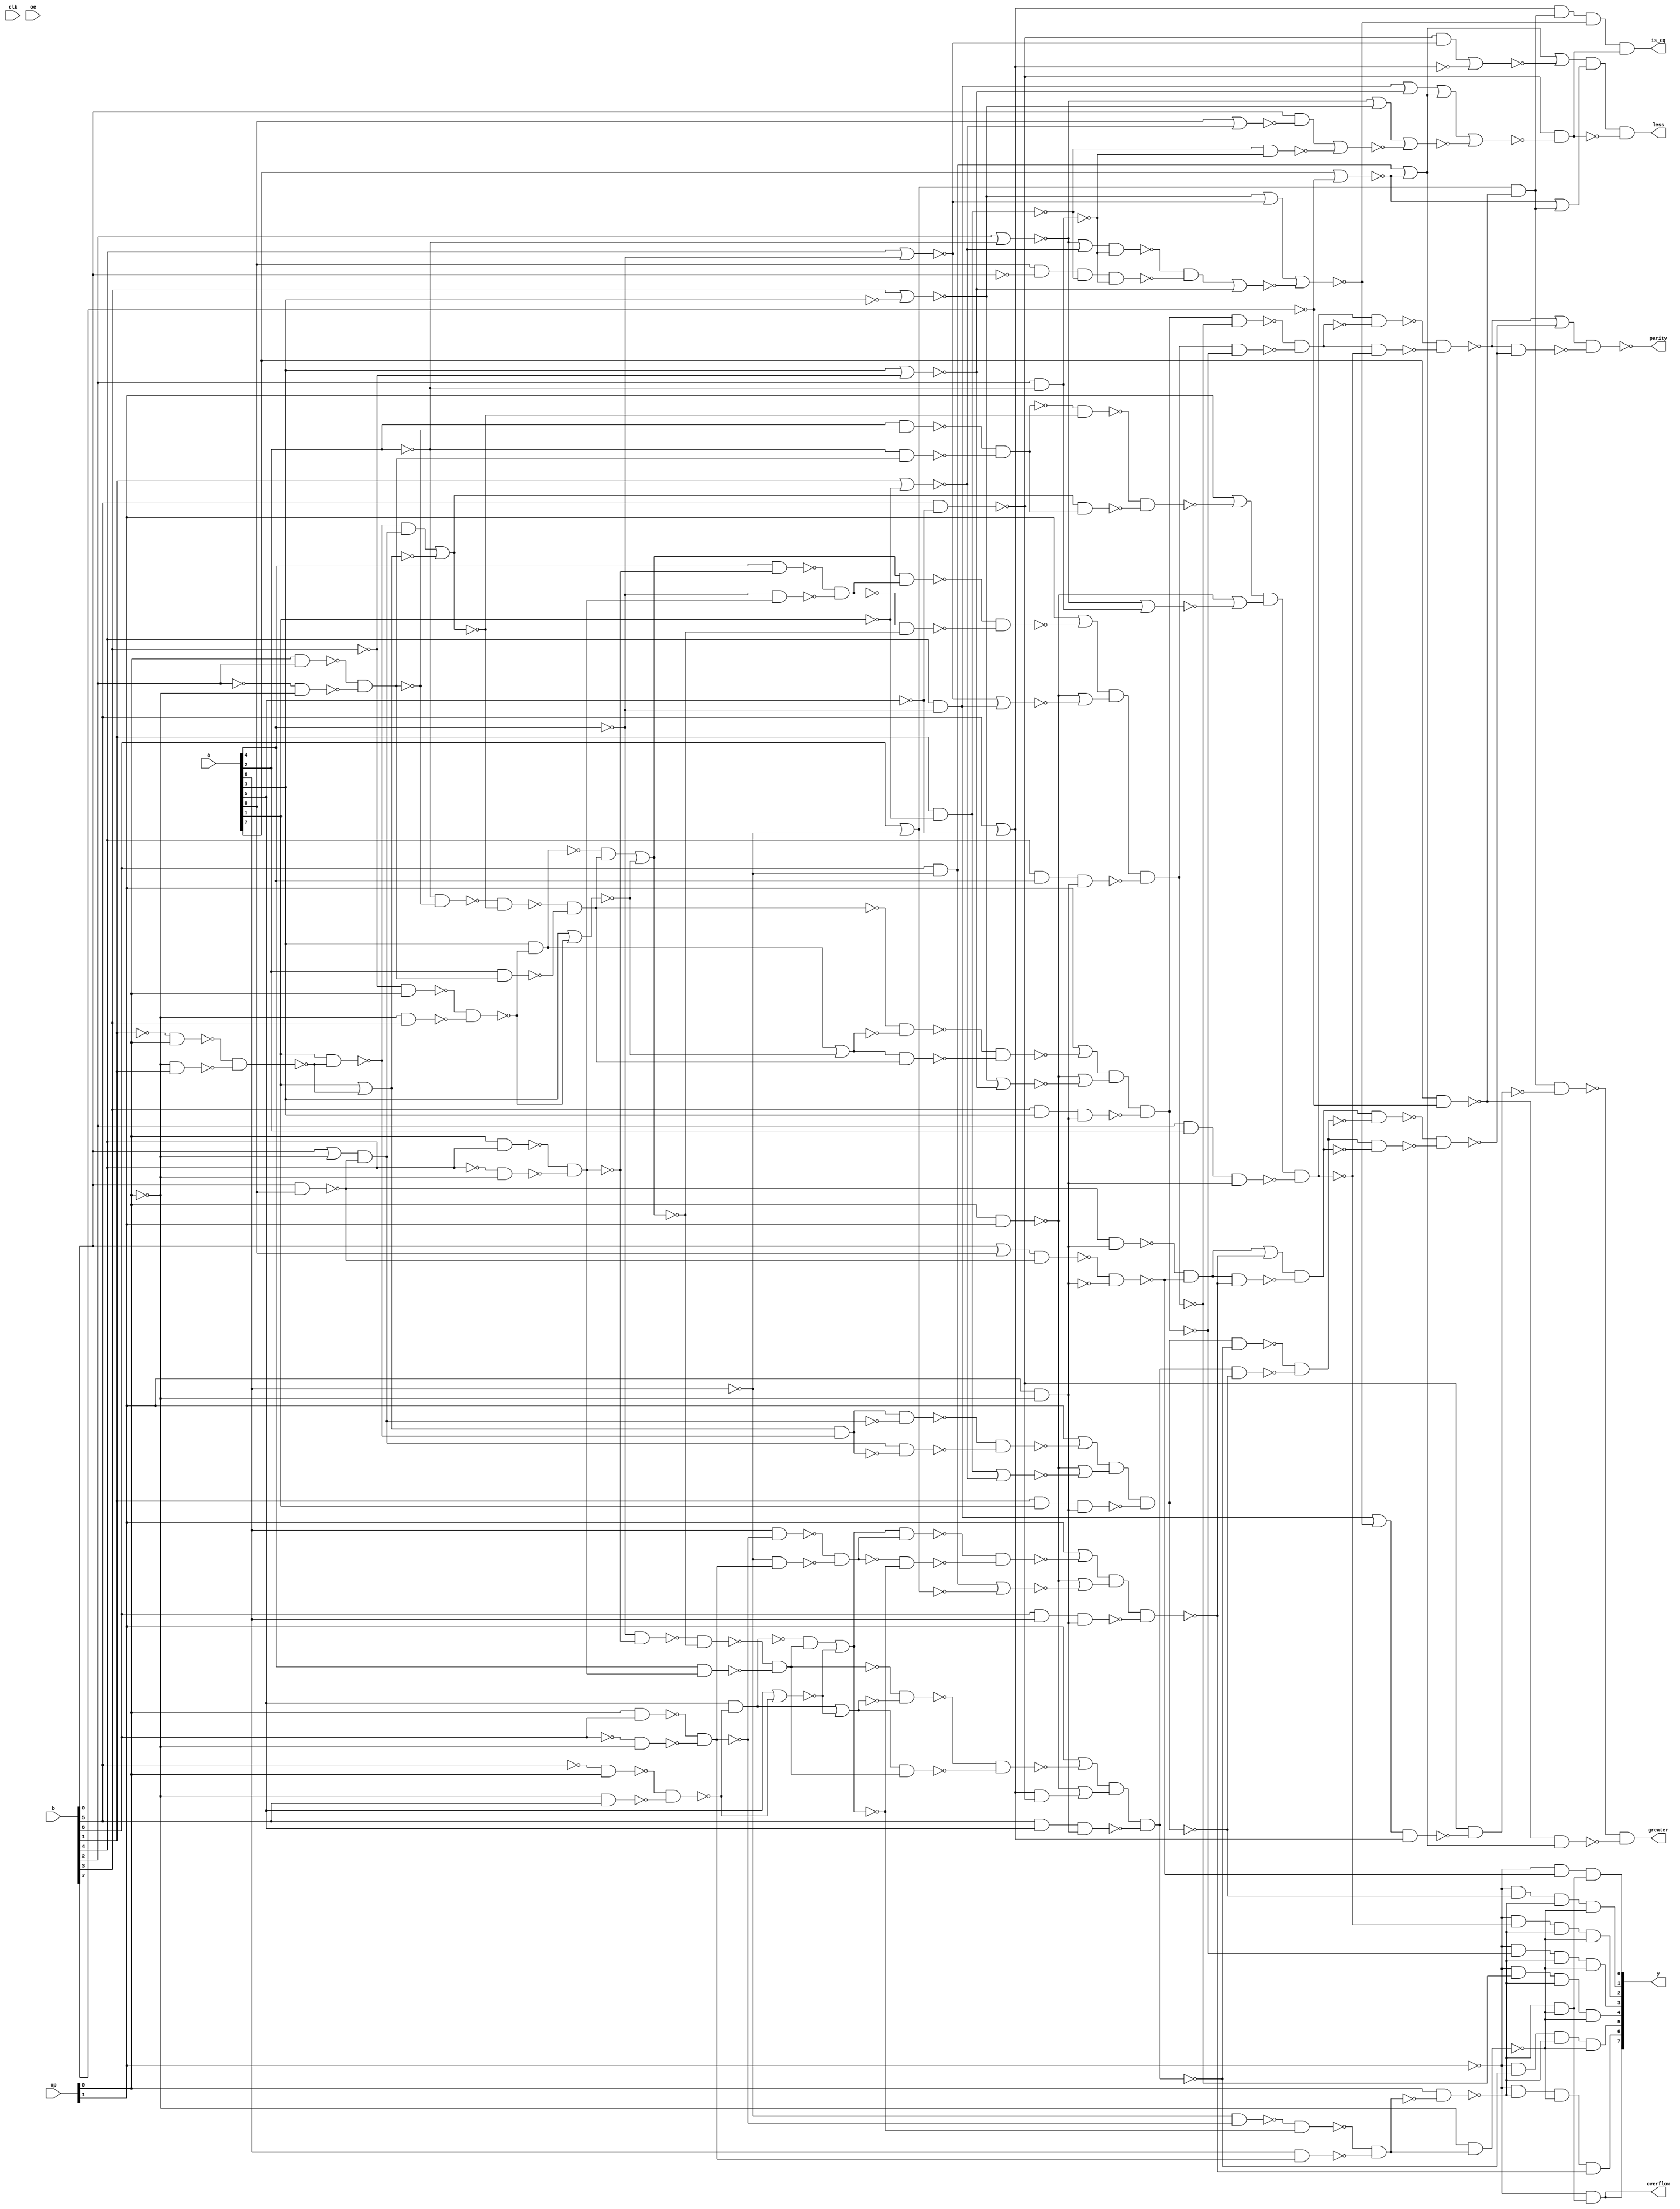

module top(clk, a, b, op, oe, y, parity, overflow, greater, is_eq,
     less);
  input clk, oe;
  input [7:0] a, b;
  input [1:0] op;
  output [7:0] y;
  output parity, overflow, greater, is_eq, less;
  wire clk, oe;
  wire [7:0] a, b;
  wire [1:0] op;
  wire [7:0] y;
  wire parity, overflow, greater, is_eq, less;
  wire n_0, n_1, n_2, n_3, n_4, n_5, n_6, n_7;
  wire n_8, n_9, n_10, n_11, n_12, n_13, n_14, n_15;
  wire n_16, n_17, n_18, n_19, n_20, n_21, n_22, n_23;
  wire n_24, n_25, n_26, n_27, n_28, n_29, n_30, n_31;
  wire n_32, n_33, n_34, n_35, n_36, n_37, n_38, n_39;
  wire n_40, n_41, n_42, n_43, n_44, n_45, n_46, n_47;
  wire n_48, n_49, n_50, n_51, n_52, n_53, n_54, n_55;
  wire n_56, n_57, n_58, n_59, n_60, n_61, n_62, n_63;
  wire n_64, n_65, n_66, n_67, n_68, n_69, n_70, n_71;
  wire n_72, n_74, n_75, n_77, n_78, n_79, n_80, n_81;
  wire n_82, n_83, n_84, n_85, n_86, n_87, n_88, n_89;
  wire n_90, n_91, n_92, n_93, n_95, n_96, n_97, n_98;
  wire n_99, n_100, n_101, n_102, n_103, n_104, n_105, n_106;
  wire n_107, n_108, n_109, n_110, n_111, n_112, n_113, n_114;
  wire n_115, n_116, n_117, n_118, n_119, n_120, n_121, n_122;
  wire n_123, n_124, n_125, n_126, n_127, n_130, n_132, n_133;
  wire n_285, n_286, n_287, n_366;
  wire w, w0, w1, w2;
  nand g6133 (n_133, w0, w2);
  nand g4 (w2, w1, n_127);
  not g1 (w1, n_112);
  nand g0 (w0, w, n_112);
  not g (w, n_127);
  and g6135 (n_130, n_125, 1'b1, n_68, n_126);
  wire w3;
  nand g6134 (n_127, w3, n_115);
  or g5 (w3, n_114, n_123);
  and g6138 (n_124, n_125, n_120, n_121, n_123);
  and g6141 (n_122, n_125, n_111, n_120, n_121);
  and g6139 (n_119, n_125, n_108, n_120, n_121);
  and g6137 (n_118, n_125, n_113, n_120, n_121);
  and g6136 (n_117, n_125, n_110, n_120, n_121);
  and g6142 (n_116, n_125, n_107, n_120, n_121);
  nand g6140 (n_115, n_114, n_123);
  and g6149 (n_126, n_120, n_121);
  wire w4, w5, w6, w7;
  nand g6147 (n_132, w5, w7);
  nand g9 (w7, w6, n_113);
  not g8 (w6, n_109);
  nand g7 (w5, w4, n_109);
  not g6 (w4, n_113);
  wire w8, w9, w10, w11;
  nand g6148 (n_112, w9, w11);
  nand g13 (w11, w10, n_110);
  not g12 (w10, n_111);
  nand g11 (w9, w8, n_111);
  not g10 (w8, n_110);
  wire w12, w13;
  nand g6145 (n_123, w12, w13, n_36);
  or g15 (w13, n_104, n_25);
  or g14 (w12, op[1], n_103);
  nand g6151 (n_120, op[0], n_106);
  nand g6150 (n_121, n_10, n_105);
  wire w14, w15, w16, w17;
  nand g6152 (n_109, w15, w17);
  nand g19 (w17, w16, n_107);
  not g18 (w16, n_108);
  nand g17 (w15, w14, n_108);
  not g16 (w14, n_107);
  not g6154 (n_106, n_105);
  wire w18, w19;
  nand g6153 (n_111, w18, w19, n_41);
  or g21 (w19, n_104, n_39);
  or g20 (w18, op[1], n_101);
  wire w20, w21;
  and g6155 (n_105, w20, w21);
  nand g23 (w21, a[6], n_65);
  nand g22 (w20, n_44, n_102);
  wire w22, w23, w24, w25;
  nand g6156 (n_103, w23, w25);
  nand g27 (w25, w24, n_102);
  not g26 (w24, n_66);
  nand g25 (w23, w22, n_66);
  not g24 (w22, n_102);
  wire w26, w27;
  nand g6157 (n_108, w26, w27, n_34);
  or g29 (w27, n_104, n_26);
  or g28 (w26, op[1], n_96);
  wire w28;
  nor g6159 (n_102, w28, n_58);
  and g30 (w28, n_24, n_100);
  wire w29, w30, w31, w32;
  nand g6161 (n_101, w30, w32);
  nand g34 (w32, w31, n_100);
  not g33 (w31, n_59);
  nand g32 (w30, w29, n_59);
  not g31 (w29, n_100);
  wire w33, w34;
  and g6158 (n_99, w33, w34);
  nand g36 (w34, n_31, n_83);
  nand g35 (w33, n_97, n_91);
  and g6160 (n_98, n_88, n_97, n_87, n_93);
  wire w35, w36;
  nand g6162 (n_107, w35, w36, n_32);
  or g38 (w36, n_104, n_20);
  or g37 (w35, op[1], n_86);
  wire w37, w38;
  and g6164 (n_100, w37, w38);
  nand g40 (w38, a[4], n_71);
  nand g39 (w37, n_55, n_95);
  wire w39, w40, w41, w42;
  nand g6166 (n_96, w40, w42);
  nand g44 (w42, w41, n_95);
  not g43 (w41, n_72);
  nand g42 (w40, w39, n_72);
  not g41 (w39, n_95);
  not g6167 (n_93, n_92);
  nand g6163 (n_91, n_90, n_89);
  nand g6168 (n_92, n_90, n_84);
  wire w43, w44;
  nand g6170 (n_113, w43, w44, n_33);
  or g46 (w44, n_104, n_57);
  or g45 (w43, op[1], n_81);
  wire w45;
  nand g6169 (n_89, w45, n_88);
  or g47 (w45, n_82, n_87);
  wire w46;
  nor g6171 (n_95, w46, n_60);
  and g48 (w46, n_28, n_85);
  wire w47, w48, w49, w50;
  nand g6174 (n_86, w48, w50);
  nand g52 (w50, w49, n_85);
  not g51 (w49, n_61);
  nand g50 (w48, w47, n_61);
  not g49 (w47, n_85);
  wire w51, w52;
  nand g6172 (n_110, w51, w52, n_35);
  or g54 (w52, n_104, n_38);
  or g53 (w51, op[1], n_77);
  nor g6173 (n_84, n_82, n_74, n_83, n_79);
  nor g6175 (n_87, n_78, n_47, n_75);
  wire w53, w54, w55, w56;
  nand g6177 (n_81, w54, w56);
  nand g58 (w56, w55, n_70);
  not g57 (w55, n_80);
  nand g56 (w54, w53, n_80);
  not g55 (w53, n_70);
  wire w57, w58;
  and g6176 (n_85, w57, w58);
  nand g60 (w58, a[2], n_69);
  nand g59 (w57, n_51, n_80);
  nor g6179 (n_79, n_56, n_78, n_64);
  wire w59, w60, w61, w62;
  nand g6180 (n_77, w60, w62);
  nand g64 (w62, w61, n_63);
  not g63 (w61, n_21);
  nand g62 (w60, w59, n_21);
  not g61 (w59, n_63);
  wire w63;
  nor g6178 (n_75, w63, n_74);
  and g65 (w63, n_46, n_52);
  wire w64, w65;
  and g6189 (n_72, w64, w65);
  nand g67 (w65, n_53, n_71);
  nand g66 (w64, a[4], n_54);
  wire w66, w67;
  and g6190 (n_70, w66, w67);
  nand g69 (w67, n_49, n_69);
  nand g68 (w66, a[2], n_50);
  and g6192 (n_114, n_67, n_68);
  wire w68, w69;
  and g6191 (n_66, w68, w69);
  nand g71 (w69, n_42, n_65);
  nand g70 (w68, a[6], n_43);
  wire w70;
  nor g6184 (n_64, w70, n_19);
  and g72 (w70, b[0], n_17);
  wire w71;
  nor g6181 (n_80, w71, n_30);
  and g73 (w71, n_62, n_22);
  wire w72;
  nand g6185 (n_63, w72, n_62);
  or g74 (w72, a[1], n_29);
  wire w73;
  nor g6186 (n_61, w73, n_60);
  and g75 (w73, a[3], n_27);
  wire w74;
  nor g6187 (n_59, w74, n_58);
  and g76 (w74, a[5], n_23);
  nor g6206 (n_57, n_56, n_8);
  nand g6193 (n_55, n_53, n_54);
  nand g6188 (n_52, a[0], n_1, n_18, n_45);
  nand g6199 (n_51, n_49, n_50);
  wire w75;
  nor g6200 (n_48, w75, n_6);
  and g77 (w75, n_90, n_47);
  wire w76;
  nand g6201 (n_46, w76, n_45);
  or g78 (w76, n_56, n_37);
  nand g6202 (n_44, n_42, n_43);
  nand g6205 (n_67, n_11, n_40);
  nand g6194 (n_68, n_12, n_9);
  nand g6226 (n_41, b[5], a[5], n_40);
  and g6212 (n_39, n_88, n_90);
  nor g6211 (n_38, n_7, n_37);
  nand g6221 (n_36, b[6], a[6], n_40);
  nand g6222 (n_35, b[1], a[1], n_40);
  nand g6223 (n_34, b[4], a[4], n_40);
  nand g6224 (n_33, b[2], a[2], n_40);
  nand g6225 (n_32, b[3], a[3], n_40);
  and g6216 (n_97, n_14, n_31);
  nor g6203 (n_30, a[1], n_29);
  nand g6196 (n_28, a[3], n_27);
  nor g6208 (n_26, n_47, n_82);
  nor g6207 (n_25, n_15, n_13);
  nand g6204 (n_24, a[5], n_23);
  nor g6195 (n_58, a[5], n_23);
  nand g6198 (n_62, a[1], n_29);
  nor g6197 (n_60, a[3], n_27);
  not g6217 (n_22, n_21);
  nor g6213 (n_20, n_78, n_74);
  nand g6214 (n_19, n_18, n_45);
  nor g6209 (n_17, a[0], n_37);
  not g6220 (n_65, n_43);
  not g6219 (n_69, n_50);
  not g6218 (n_71, n_54);
  or g6215 (n_83, n_15, n_16);
  not g6234 (n_14, n_13);
  wire w77;
  nand g6210 (n_12, w77, n_11);
  or g79 (w77, b[0], a[0]);
  wire w78, w79, w80, w81;
  nand g6231 (n_54, w79, w81);
  nand g83 (w81, w80, n_10);
  not g82 (w80, b[4]);
  nand g81 (w79, w78, b[4]);
  not g80 (w78, n_10);
  wire w82, w83, w84, w85;
  nand g6233 (n_43, w83, w85);
  nand g87 (w85, w84, n_10);
  not g86 (w84, b[6]);
  nand g85 (w83, w82, b[6]);
  not g84 (w82, n_10);
  not g6246 (n_40, n_9);
  not g6244 (n_8, n_45);
  not g6243 (n_7, n_18);
  wire w86;
  nand g6230 (n_21, w86, n_11);
  or g88 (w86, b[0], n_10);
  wire w87, w88, w89, w90;
  nand g6232 (n_50, w88, w90);
  nand g92 (w90, w89, n_10);
  not g91 (w89, b[2]);
  nand g90 (w88, w87, b[2]);
  not g89 (w87, n_10);
  not g6245 (n_88, n_6);
  and g6237 (n_15, b[6], n_42);
  nor g6236 (n_16, a[7], n_4);
  nor g6235 (n_13, b[6], n_42);
  wire w91, w92, w93, w94;
  nand g6228 (n_27, w92, w94);
  nand g96 (w94, w93, b[3]);
  not g95 (w93, op[0]);
  nand g94 (w92, w91, op[0]);
  not g93 (w91, b[3]);
  wire w95, w96, w97, w98;
  nand g6227 (n_23, w96, w98);
  nand g100 (w98, w97, b[5]);
  not g99 (w97, op[0]);
  nand g98 (w96, w95, op[0]);
  not g97 (w95, b[5]);
  nand g6247 (n_18, b[1], n_3);
  nor g6239 (n_56, b[2], n_49);
  nand g6252 (n_45, b[2], n_49);
  nand g6241 (n_90, b[5], n_5);
  nor g6254 (n_6, b[5], n_5);
  nand g6255 (n_9, op[1], n_10);
  nand g6238 (n_31, a[7], n_4);
  nor g6250 (n_78, b[3], n_2);
  nor g6251 (n_74, a[3], n_0);
  and g6253 (n_82, b[4], n_53);
  nor g6248 (n_47, b[4], n_53);
  nor g6240 (n_37, b[1], n_3);
  wire w99, w100, w101, w102;
  nand g6229 (n_29, w100, w102);
  nand g104 (w102, w101, b[1]);
  not g103 (w101, op[0]);
  nand g102 (w100, w99, op[0]);
  not g101 (w99, b[1]);
  nand g6249 (n_11, b[0], a[0]);
  nand g6242 (n_104, op[0], op[1]);
  not g6262 (n_2, a[3]);
  not g6257 (n_1, b[0]);
  not g6265 (n_42, a[6]);
  not g6261 (n_10, op[0]);
  not g6266 (n_125, op[1]);
  not g6263 (n_0, b[3]);
  not g6264 (n_3, a[1]);
  not g6258 (n_5, a[5]);
  not g6256 (n_4, b[7]);
  not g6259 (n_53, a[4]);
  not g6260 (n_49, a[2]);
  assign less = n_287;
  assign greater = n_99;
  assign y[0] = n_130;
  assign is_eq = n_98;
  assign y[3] = n_116;
  assign y[5] = n_122;
  assign y[6] = n_124;
  assign y[4] = n_119;
  assign y[1] = n_117;
  assign y[2] = n_118;
  assign parity = n_285;
  assign overflow = n_366;
  assign y[7] = n_366;
  wire w103, w104;
  nand g2 (n_285, w103, w104);
  nand g106 (w104, n_132, n_133);
  or g105 (w103, n_132, n_133);
  not g3 (n_287, n_286);
  wire w105, w106;
  nand g6383 (n_286, w105, w106, n_92);
  or g108 (w106, n_16, n_97);
  or g107 (w105, n_83, n_48);
  and g6462 (n_366, n_125, n_126);
endmodule